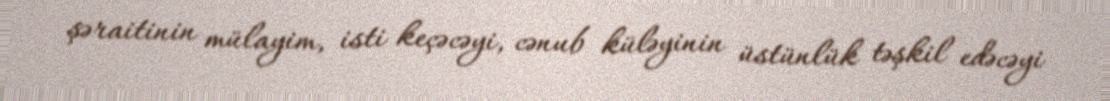
şəraitinin mülayim, isti keçəcəyi, cənub küləyinin üstünlük təşkil edəcəyi